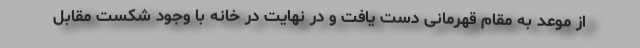
از موعد به مقام قهرمانی دست یافت و در نهایت در خانه با وجود شکست مقابل